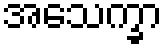
အသေက္ခာ